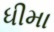
ધીમા